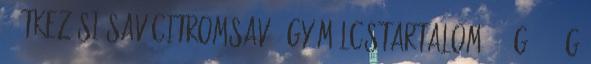
, Étkezési sav citromsav , Gyümölcstartalom: 50 g 100 g